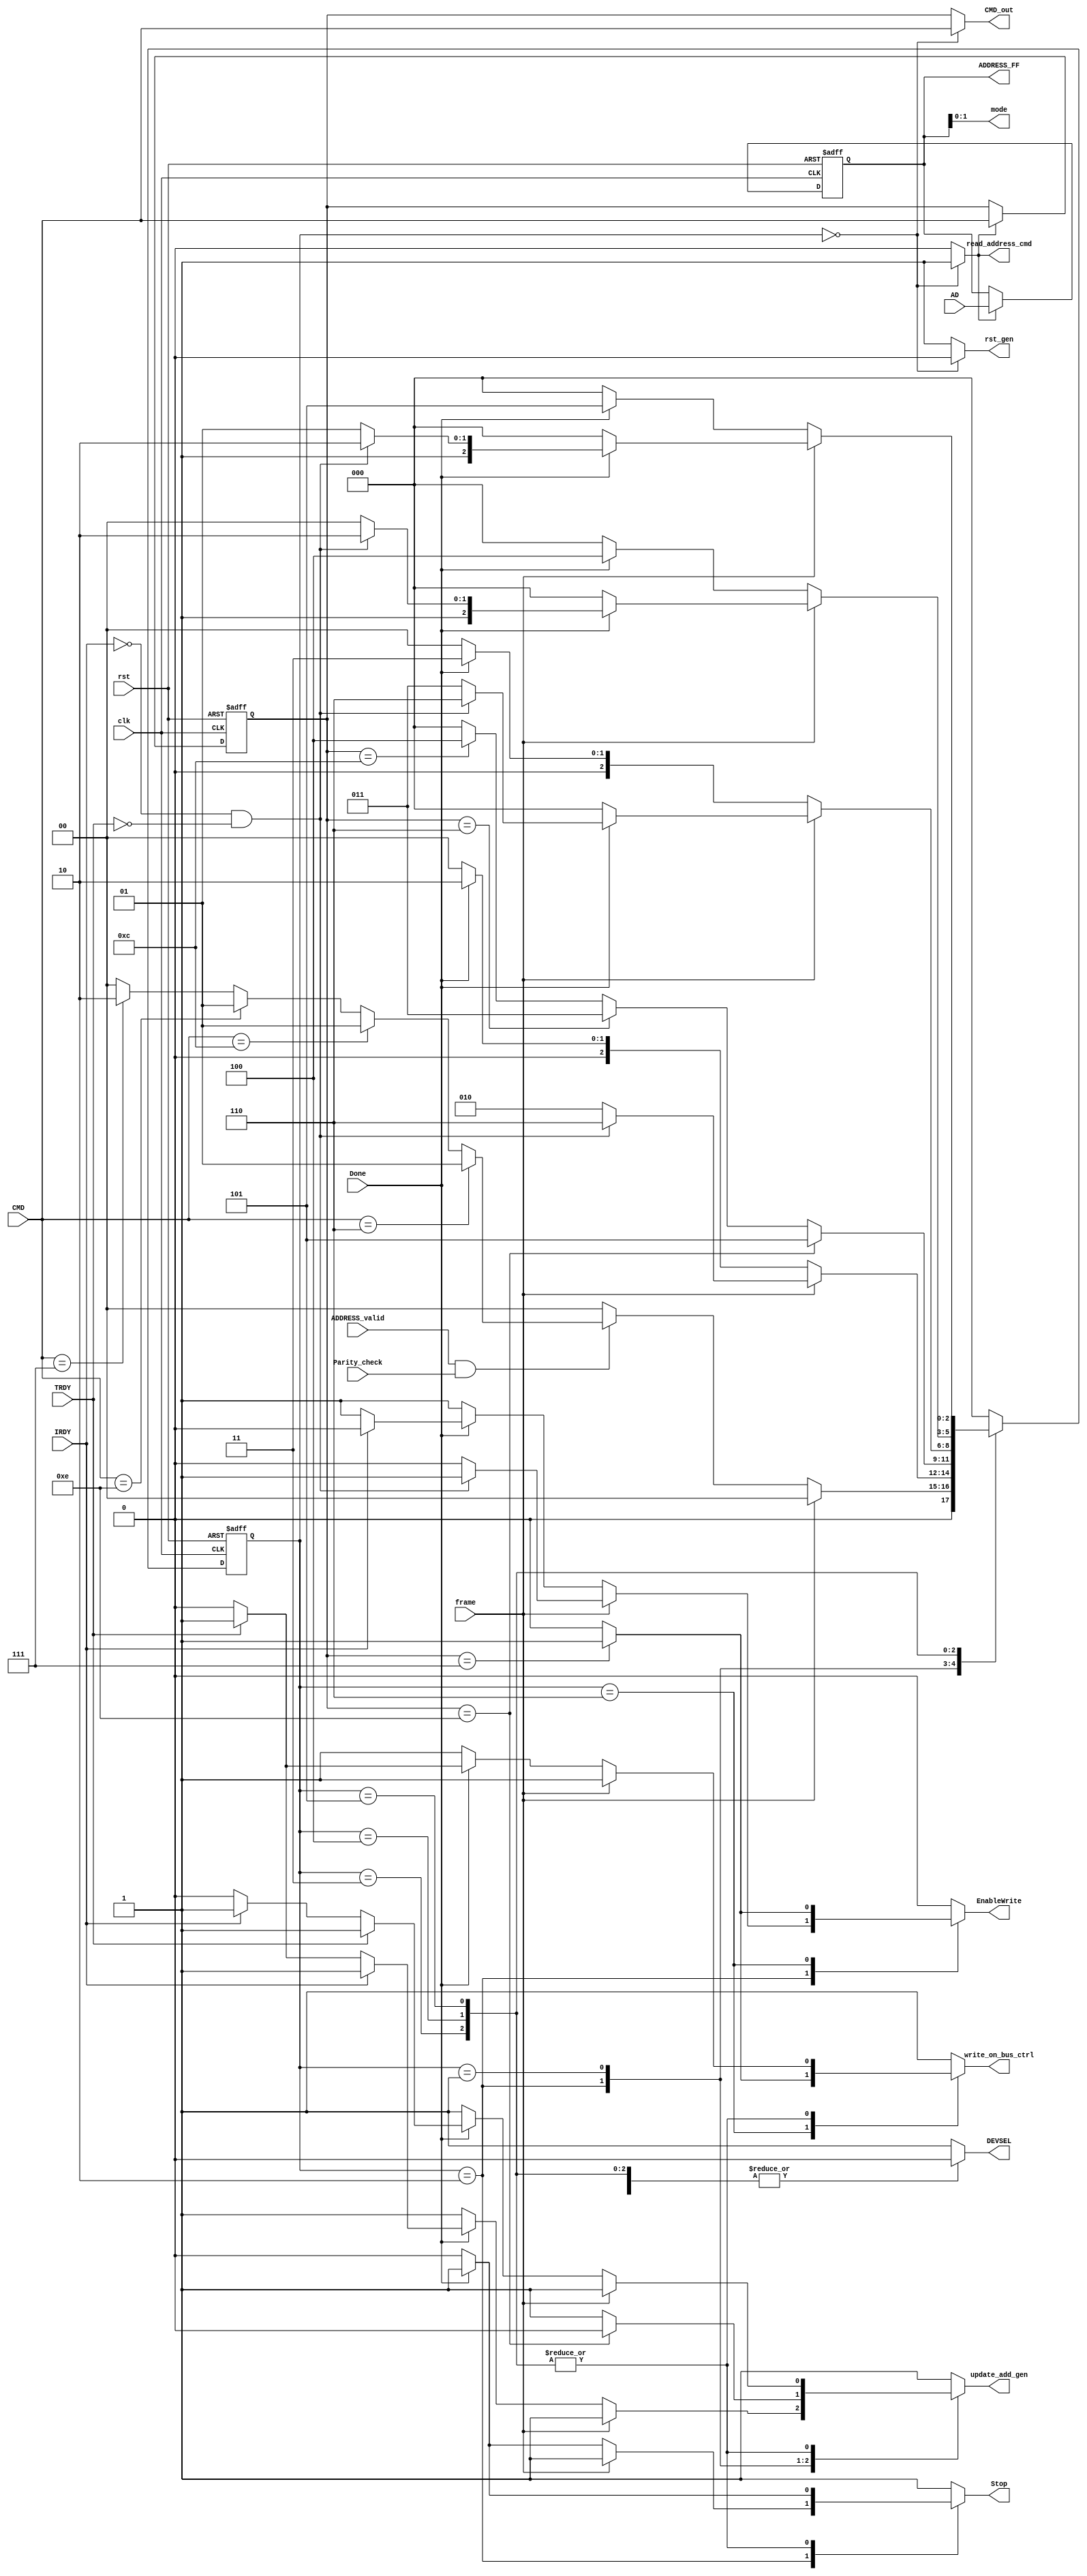
module CTRL_gen(
			input frame,
			input clk,
			input rst,
			input [31:0]AD,
			//inout PAR,
			input Done,
			input[3:0] CMD,
			input ADDRESS_valid, 	/* 	used when the address is valid 		*/
			input TRDY,
			input IRDY,
			input Parity_check,
			output reg Stop,
			output reg DEVSEL,			/* used when the slave is selected 			*/
			//output reg memoryWRITE,
			output reg EnableWrite,
			//output reg memoryReadLINE,
			//output reg memoryReadMUL,
			output reg [31:0] ADDRESS_FF,
			output reg read_address_cmd,
			output reg update_add_gen,
			output reg rst_gen,
			output wire [1:0] mode,
			output reg [3:0] CMD_out,
			output reg write_on_bus_ctrl
         );



    /* Command parameters as in the specification of PCI */
	localparam  [3:0] READ_CMD = 4'b0110,
					WRITE_CMD = 4'b0111,
					READ_MUL_CMD = 4'b1100,
					READ_LINE_CMD = 4'b1110;
					

	localparam 	[1:0] INCREMENT = 2'b00,
							WRAP		= 2'b10,
							RESERVED1 = 2'b01,
							RESERVED2 = 2'b11;

	localparam	[2:0]IDLE = 3'b000,
               WAIT_STATE = 3'b001,
               WRITE_STATE = 3'b010,
					READ_STATE = 3'b011,
					READ_MUL_STATE	= 3'b100,
					READ_LINE_STATE =3'b101,
					Write_terminate = 3'b110;


   reg [2 :0] currentStat; 		/* current state of the fsm */
   reg [2 :0] nextState;		/* next state of the fsm	*/
	reg [3 :0] CMD_FF;
	//reg [31:0] ADDRESS_FF; 			/* address  flip flop  for storing the addresss (for addre generator)*/
	//reg CommandREAD_WRITE;			/*	0 for read 1 for write	*/
	assign  mode  = ADDRESS_FF[1:0];
	//assign  CMD_out  = CMD_FF;
	/* 		update the state			*/
	always @(posedge clk or negedge rst) begin
		if (rst == 1'b0) begin
			currentStat <= IDLE;
		end
		else begin
			currentStat <= nextState;
		end
	end


    always @(*)begin
		write_on_bus_ctrl =1'b1;
		Stop = 1'b1;
		read_address_cmd = 1'b0;
		EnableWrite = 1'b0;
		update_add_gen = 1'b1;				/* By default the generator is off */
		rst_gen = 1'b1;
		DEVSEL = 1'b1;
		CMD_out = CMD_FF;
		case(currentStat)
			/* idle state checks if the FRAME is 0 and Get the command to determint the next state */
			IDLE: begin
				/*DEVSEL = 1'b1;*/
				CMD_out = CMD;
				DEVSEL = 1'b1;
				rst_gen = 1'b0;
				read_address_cmd = 1'b1;
				update_add_gen = 1'b1;
				Stop = 1'b1;				/* deassert the value of Stop to 1 in case of slave termination. (Active low)*/
			/* check if the frame is 1 then the state stays the same		*/
				if(frame == 1'b1)begin
					nextState = IDLE;
				end
			/*	if the frame is 0 then we look into the command the address	*/
				else begin
			/* if the Address is Valid then we should Read the command to determine the operation	*/
					if((ADDRESS_valid == 1'b1) && (Parity_check == 1'b1)) begin
						//read_address_cmd = 1'b1;
			/* if it is a read commmand then we must go to a wait state 							*/
						if(CMD == READ_CMD) begin
							nextState = WAIT_STATE;
							EnableWrite = 1'b0;					 /*  read command (active low)		*/
							//DEVSEL = 1'b0;
							/*  CommandREAD_WRITE  = 1'b0;	*/
							end
						else if(CMD == READ_MUL_CMD)begin
							nextState = WAIT_STATE;
							//DEVSEL = 1'b0;

						end
						else if (CMD == READ_LINE_CMD) begin
							nextState = WAIT_STATE;
							//update_add_gen = 1'b0;
							//DEVSEL = 1'b0;
						end
						else if(CMD == WRITE_CMD) begin
							nextState = WRITE_STATE;
							//memoryWRITE = 1'b1;
							//DEVSEL = 1'b0;
							/*		CommandREAD_WRITE  = 1'b1;   	*/
						end
						else begin
						nextState = IDLE;
						end
					end
					else begin
						nextState = IDLE;
					end
				end
			end
			WRITE_STATE: begin
				/* Yousif and Menna :Aya Why did you make update_add_gen = 1'b1; */ /*  --------------------->*/
			  update_add_gen = 1'b1;  //(active low)
			  DEVSEL = 1'b0 ;
				rst_gen = 1'b1;
			/* to never update the value of the stored ADRESS anc command for more details  STORE ADDRESS  always block. */
			  read_address_cmd = 1'b0;
			  EnableWrite = 1'b0;
			  /* check the frame */
			  if( (frame == 1'b0) ) begin
			  /*     write once check on TRDY IRDY				*/
			    if ((Done == 1'b1))begin
			      if((IRDY == 1'b0) )  begin
			        EnableWrite = 1'b1;
			        nextState = WRITE_STATE;
			        if ((TRDY == 1'b0)) begin
			          update_add_gen = 1'b0;
			        end
			        else begin
			        update_add_gen = 1'b1;
			        end
			        end
			      else begin
			          nextState = WRITE_STATE;
			      end
			    end
			    else begin
			      nextState = IDLE;
					EnableWrite = 1'b1;
			      Stop = 1'b0;
			    end
			  end
			  //frame = 1
			  else begin
			  /*     write once check on TRDY IRDY				*/
			    
			      if((IRDY == 1'b0) && (TRDY == 1'b0))  begin  //IRDY must be deasserted when frame = 1 indicating the last data phase.
						EnableWrite = 1'b1;
			          nextState = Write_terminate;
			      end
			      else begin
			        nextState = WRITE_STATE;
					  EnableWrite = 1'b0;    //changed saturday
			      end
			    end
			
			end
			
			Write_terminate: begin
				if (CMD_FF == 3'b0111) begin
					nextState = IDLE;
					EnableWrite = 1'b1;
				end
				else begin
					nextState = IDLE;
					write_on_bus_ctrl = 1'b0;
				end
			end
			
			WAIT_STATE: begin
			
				read_address_cmd = 1'b0;
				rst_gen = 1'b1;
				DEVSEL = 1'b1;
				if(CMD_FF == READ_LINE_CMD)begin
					nextState = READ_LINE_STATE;
					update_add_gen = 1'b0;
				end
				else if (CMD_FF == READ_CMD)begin
					nextState = READ_STATE;
				end
				else if  (CMD_FF == READ_MUL_CMD) begin
					nextState = READ_MUL_STATE;
				end
				else   begin
					nextState = IDLE;
				end
			end
			READ_STATE: begin
				rst_gen = 1'b1;
			  write_on_bus_ctrl = 1'b1; //active low
			  update_add_gen = 1'b1;      //(active low)
			  DEVSEL = 1'b0 ;
			/* to never update the value of the stored ADRESS anc command for more details  STORE ADDRESS  always block. */
			  read_address_cmd = 1'b0;
			  /* check the frame */
			  if( (frame == 1'b0) ) begin
			  /*     write once check on TRDY IRDY				*/
			    if ((Done == 1'b1))begin
			      if((TRDY == 1'b0) )  begin
			        //read_enable = 1'b0;    //read_enable for memory
			        EnableWrite = 1'b0;
			        write_on_bus_ctrl = 1'b0;
			        nextState = READ_STATE;
			        if ((IRDY == 1'b0)) begin
			          update_add_gen = 1'b0;
			        end
			        else begin
			        update_add_gen = 1'b1;
			        end
			        end
			      else begin
			          nextState = READ_STATE;
			      end
			    end
			    else begin
			      nextState = IDLE;
			      Stop = 1'b0;
			    end
			  end
			  //frame = 1
			  else begin
			  /*     write once check on TRDY IRDY				*/
			    if (Done == 1'b1)begin
			      if((IRDY == 1'b0) && (TRDY == 1'b0))  begin
			        EnableWrite = 1'b0;
			        //write_on_bus_ctrl = 1'b0;
			       // memoryWRITE = 1'b1;					/* 		we forgot what it is */
			        nextState = Write_terminate;
			      end
			      else begin
			        nextState = READ_STATE;
			      end
			    end
			    else begin
			    Stop = 1'b0;
			    nextState = IDLE;
			    end
			end
			end
			READ_MUL_STATE:begin
			rst_gen = 1'b1;
			write_on_bus_ctrl = 1'b1; //active low
			update_add_gen = 1'b1;      //(active low)
			DEVSEL = 1'b0 ;
		/* to never update the value of the stored ADRESS anc command for more details  STORE ADDRESS  always block. */
			read_address_cmd = 1'b0;
			/* check the frame */
			if( (frame == 1'b0) ) begin
			/*     write once check on TRDY IRDY				*/
				if ((Done == 1'b1))begin
					if((TRDY == 1'b0) )  begin
						//read_enable = 1'b0;    //read_enable for memory
						EnableWrite = 1'b0;
						write_on_bus_ctrl = 1'b0;
						nextState = READ_MUL_STATE;
						if ((IRDY == 1'b0)) begin
							update_add_gen = 1'b0;
						end
						else begin
						update_add_gen = 1'b1;
						end
						end
					else begin
							nextState = READ_MUL_STATE;
					end
				end
				else begin
					nextState = IDLE;
					Stop = 1'b0;
				end
			end
			//frame = 1
			else begin
			/*     write once check on TRDY IRDY				*/
				if (Done == 1'b1)begin
					if((IRDY == 1'b0) && (TRDY == 1'b0))  begin
						EnableWrite = 1'b0;
						//write_on_bus_ctrl = 1'b0;			
						nextState = Write_terminate;
					end
					else begin
						nextState = READ_MUL_STATE;
					end
				end
				else begin
				Stop = 1'b0;
				nextState = IDLE;
				end
			end
			end
			READ_LINE_STATE:begin
			rst_gen = 1'b1;
			write_on_bus_ctrl = 1'b1; //active low
			update_add_gen = 1'b1;      //(active low)
			DEVSEL = 1'b0 ;
		/* to never update the value of the stored ADRESS anc command for more details  STORE ADDRESS  always block. */
			read_address_cmd = 1'b0;
			/* check the frame */
			if( (frame == 1'b0) ) begin
			/*     write once check on TRDY IRDY				*/
				if ((Done == 1'b1))begin
					if((TRDY == 1'b0) )  begin
						//read_enable = 1'b0;    //read_enable for memory
						EnableWrite = 1'b0;
						write_on_bus_ctrl = 1'b0;
						nextState = READ_LINE_STATE;
						if ((IRDY == 1'b0)) begin
							update_add_gen = 1'b0;
						end
						else begin
						update_add_gen = 1'b1;
						end
						end
					else begin
							nextState = READ_LINE_STATE;
					end
				end
				else begin
					nextState = IDLE;
					Stop = 1'b0;
				end
			end
			//frame = 1
			else begin
			/*     write once check on TRDY IRDY				*/
				if (Done == 1'b1)begin
					if((IRDY == 1'b0) && (TRDY == 1'b0))  begin
						EnableWrite = 1'b0;
						//write_on_bus_ctrl = 1'b0;
						
						nextState = Write_terminate;
					end
					else begin
						nextState = READ_LINE_STATE;
					end
				end
				else begin
				Stop = 1'b0;
				nextState = IDLE;
				end
			end
			end
			default: begin
				nextState = IDLE;
			end
		
		endcase
	end				/*		End of always block		*/



/*  STORE ADDRESS Always block		*/
	always @(posedge clk or negedge rst) begin
		if (rst  == 1'b0) begin
			ADDRESS_FF <= {32{1'b0}};
			CMD_FF <= {4{1'b0}};
		end
			else begin
				if(read_address_cmd == 1'b1)begin
				ADDRESS_FF <= AD;
				  CMD_FF <= CMD;
				end
			else begin
				ADDRESS_FF <= ADDRESS_FF;
				CMD_FF <= CMD_FF;

			end
		end
	end
endmodule